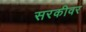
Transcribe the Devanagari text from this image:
सरकीवर